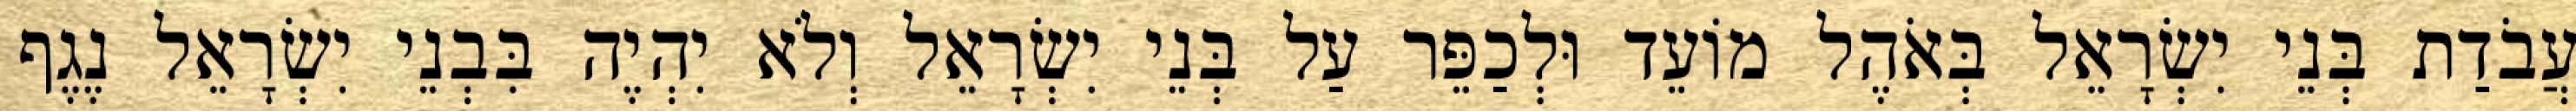
עֲבֹדַת בְּנֵי יִשְׂרָאֵל בְּאֹהֶל מוֹעֵד וּלְכַפֵּר עַל בְּנֵי יִשְׂרָאֵל וְלֹא יִהְיֶה בִּבְנֵי יִשְׂרָאֵל נֶגֶף